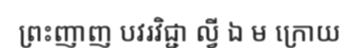
ព្រះញាញ បវរវិជ្ជា ល្វី ឯ ម ក្រោយ